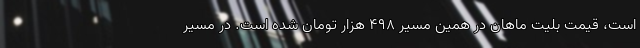
است، قیمت بلیت ماهان در همین مسیر ۴۹۸ هزار تومان شده است. در مسیر